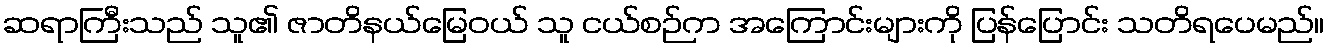
ဆရာကြီးသည် သူ၏ ဇာတိနယ်မြေဝယ် သူ ငယ်စဉ်က အကြောင်းများကို ပြန်ပြောင်း သတိရပေမည်။